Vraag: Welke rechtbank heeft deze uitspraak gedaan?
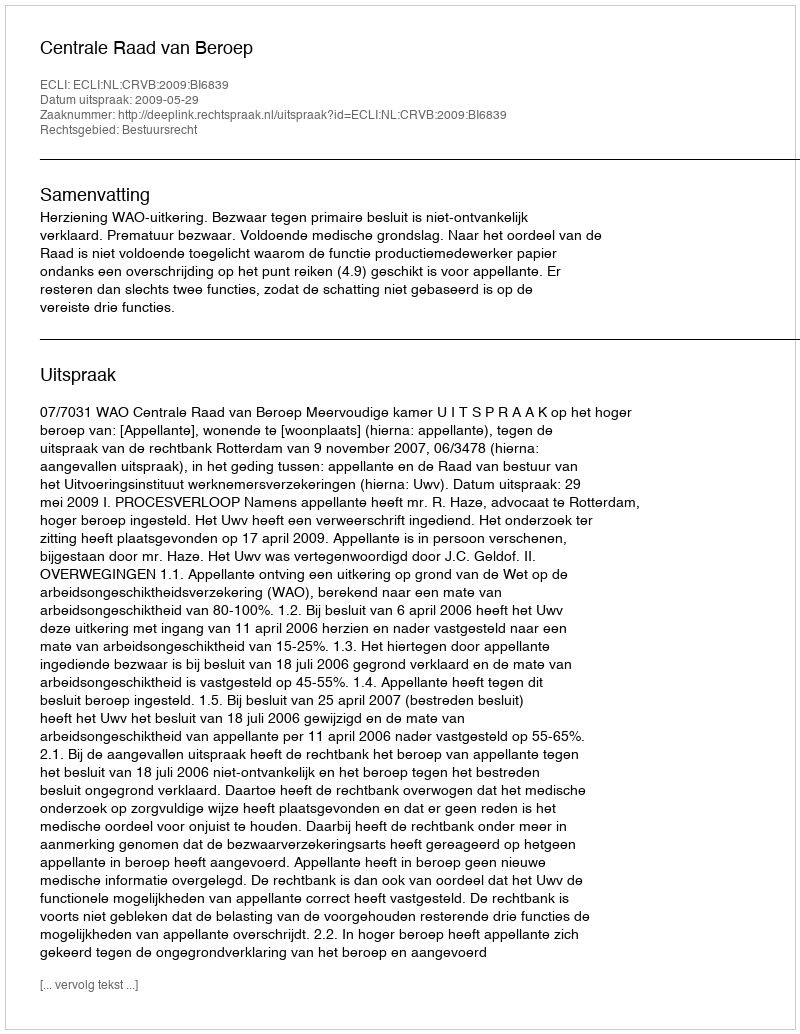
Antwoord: Centrale Raad van Beroep